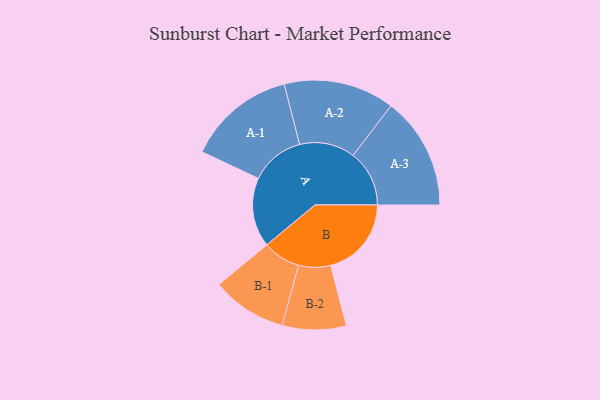
{"axis": {"x": "Segment", "y": "Value"}, "legend": ["", "A", "B"], "data": [{"x": "A", "y": 354, "type": ""}, {"x": "B", "y": 412, "type": ""}, {"x": "A-1", "y": 276, "type": "A"}, {"x": "A-2", "y": 283, "type": "A"}, {"x": "A-3", "y": 287, "type": "A"}, {"x": "B-1", "y": 192, "type": "B"}, {"x": "B-2", "y": 163, "type": "B"}]}